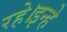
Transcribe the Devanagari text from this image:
रहे।इन्हे